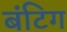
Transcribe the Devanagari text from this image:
बंटिग